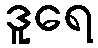
ဒူရေ